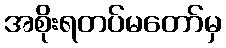
အစိုးရတပ်မတော်မှ